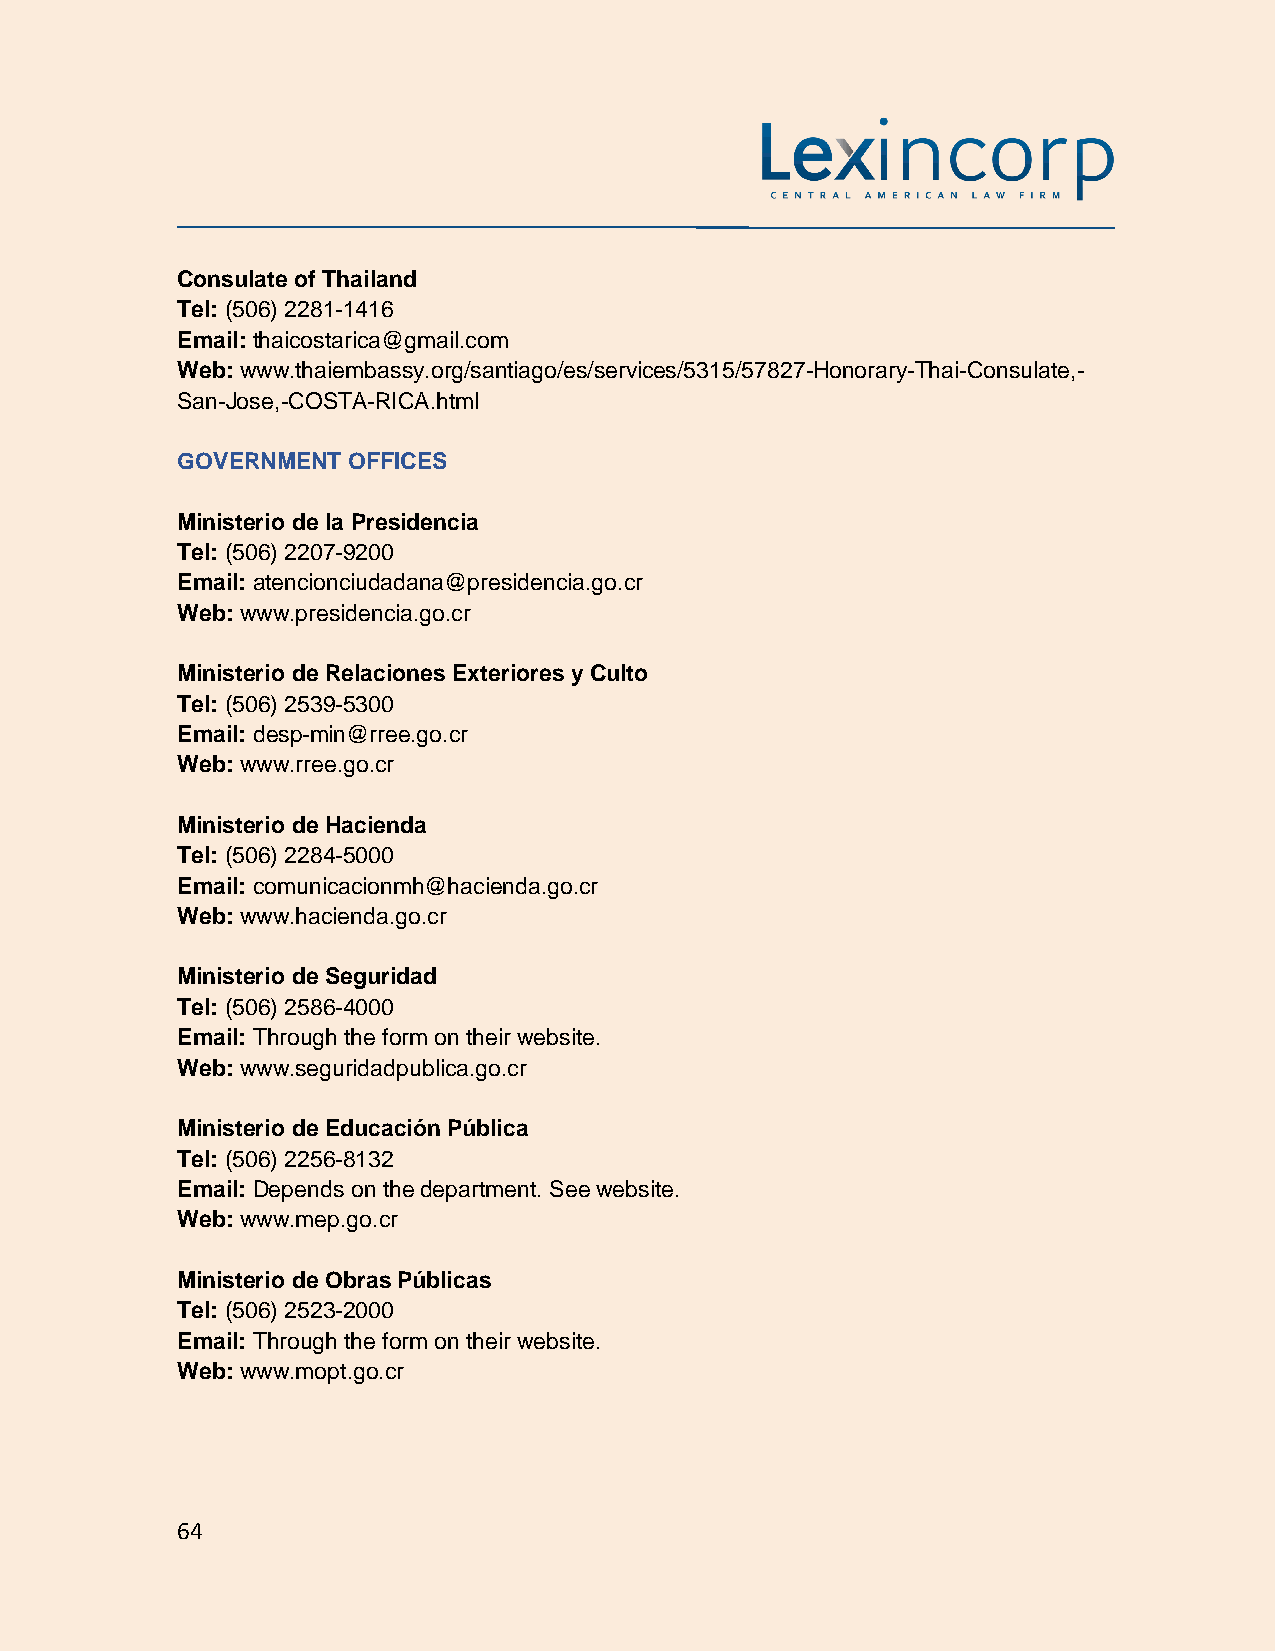
Consulate of Thailand
 Tel: (506) 2281-1416
 Email: thaicostarica@gmail.com
 Web: www.thaiembassy.org/santiago/es/services/5315/57827-Honorary-Thai-Consulate,-
 San-Jose,-COSTA-RICA.html
 GOVERNMENT OFFICES
 Ministerio de la Presidencia
 Tel: (506) 2207-9200
 Email: atencionciudadana@presidencia.go.cr
 Web: www.presidencia.go.cr
 Ministerio de Relaciones Exteriores y Culto
 Tel: (506) 2539-5300
 Email: desp-min@rree.go.cr
 Web: www.rree.go.cr
 Ministerio de Hacienda
 Tel: (506) 2284-5000
 Email: comunicacionmh@hacienda.go.cr
 Web: www.hacienda.go.cr
 Ministerio de Seguridad
 Tel: (506) 2586-4000
 Email: Through the form on their website.
 Web: www.seguridadpublica.go.cr
 Ministerio de Educación Pública
 Tel: (506) 2256-8132
 Email: Depends on the department. See website.
 Web: www.mep.go.cr
 Ministerio de Obras Públicas
 Tel: (506) 2523-2000
 Email: Through the form on their website.
 Web: www.mopt.go.cr
 64